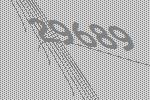
29689